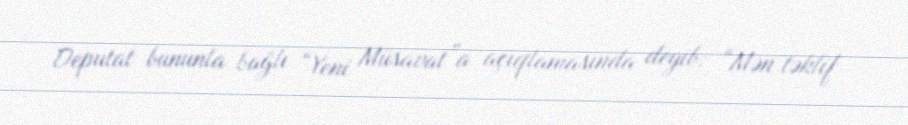
Deputat bununla bağlı “Yeni Müsavat”a açıqlamasında deyib: “Mən təklif